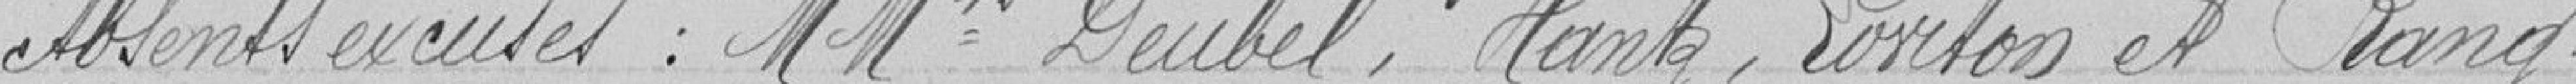
Absents excusés : Messieurs DUBEL, HANTZ, TORIBOS et RANG